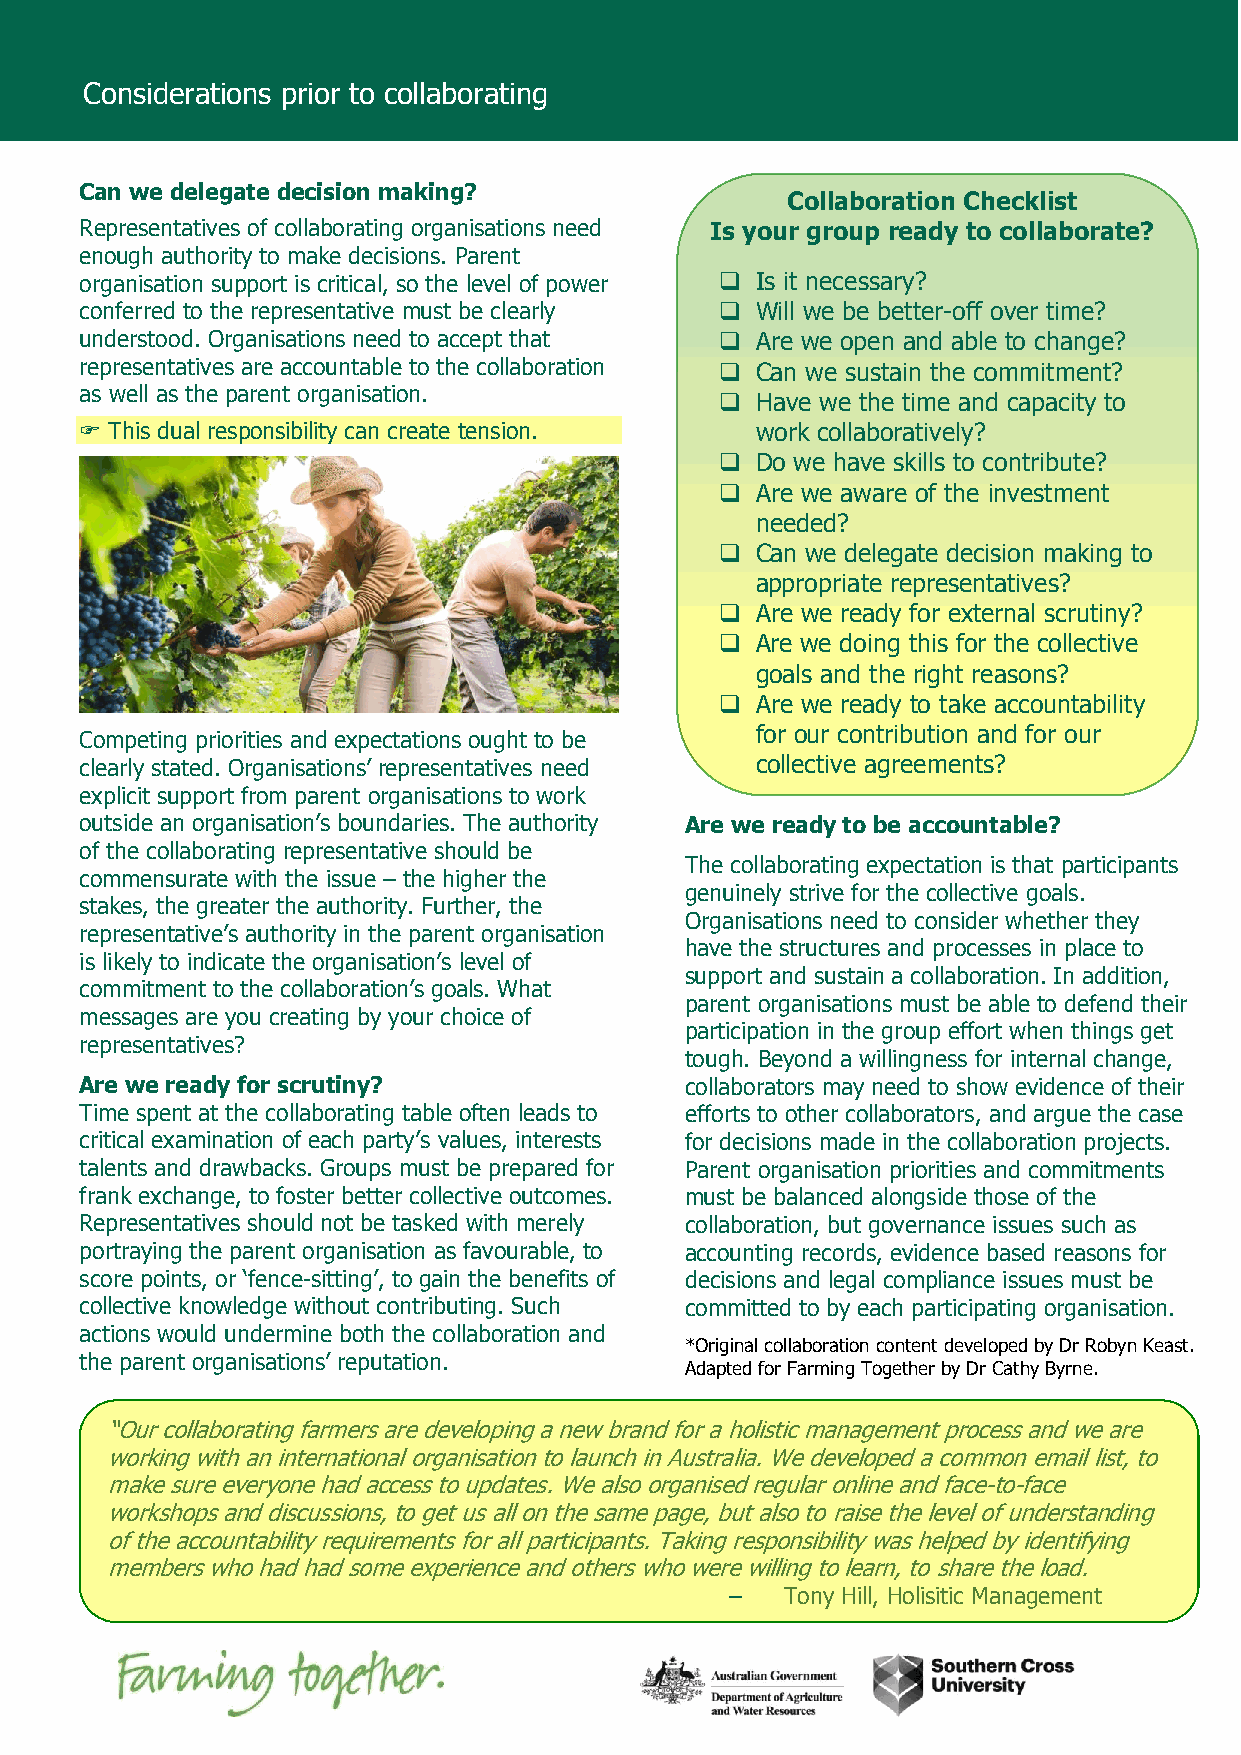
Considerations prior to collaborating
 Can we delegate decision making?
 Collaboration Checklist
 Representatives of collaborating organisations need Is your group ready to collaborate?
 enough authority to make decisions. Parent
 organisation support is critical, so the level of power  Is it necessary?
 conferred to the representative must be clearly  Will we be better-off over time?
 understood. Organisations need to accept that  Are we open and able to change?
 representatives are accountable to the collaboration  Can we sustain the commitment?
 as well as the parent organisation.
  Have we the time and capacity to
  This dual responsibility can create tension. work collaboratively?
  Do we have skills to contribute?
  Are we aware of the investment
 needed?
  Can we delegate decision making to
 appropriate representatives?
  Are we ready for external scrutiny?
  Are we doing this for the collective
 goals and the right reasons?
  Are we ready to take accountability
 for our contribution and for our
 Com peting priorities and expectations ought to be
 c learly stated. Organisations’ representatives need collective agreements?
 explicit support from parent organisations to work
 outs ide an organisation’s boundaries. The authority Are we ready to be accountable?
 of the collab orating representative should be
 The collaborating expectation is that participants
 com mensurate with the issue – the higher the
 genuinely strive for the collective goals.
 stak es, the greater the authority. Further, the
 Organisations need to consider whether they
 repr esentative’s authority in the parent organisation
 have the structures and processes in place to
 is lik ely to indicate the organisation’s level of
 support and sustain a collaboration. In addition,
 com mitment to the collaboration’s goals. What
 parent organisations must be able to defend their
 mes sages are you creating by your choice of
 participation in the group effort when things get
 repr esentatives?
 tough. Beyond a willingness for internal change,
 Are we ready for scrutiny?              collaborators may need to show evidence of their
 Time spent at the collaborating table often leads to efforts to other collaborators, and argue the case
 critical examination of each party’s values, interests for decisions made in the collaboration projects.
 talents and drawbacks. Groups must be prepared for Parent organisation priorities and commitments
 frank exchange, to foster better collective outcomes. must be balanced alongside those of the
 Representatives should not be tasked with merely collaboration, but governance issues such as
 portraying the parent organisation as favourable, to accounting records, evidence based reasons for
 score points, or ‘fence-sitting’, to gain the benefits of decisions and legal compliance issues must be
 collective knowledge without contributing. Such committed to by each participating organisation.
 actions would undermine both the collaboration and
 *Original collaboration content developed by Dr Robyn Keast.
 the parent organisations’ reputation.
 Adapted for Farming Together by Dr Cathy Byrne.
 the collective goals and the
 “Our collaborating farmers are developing a new brand for a holistic management process and we are
 working with an international organisation to launch in Australia. We developed a common email list, to
 make sure everyone had access to updates. We also organised regular online and face-to-face
 workshops and discussions, to get us all on the same page, but also to raise the level of understanding
 of the accountability requirements for all participants. Taking responsibility was helped by identifying
 members who had had some experience and others who were willing to learn, to share the load.
 –   Tony Hill, Holisitic Management